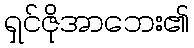
ရှင်ဇိုအာဘေး၏